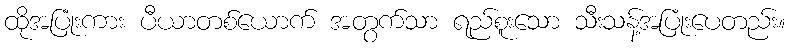
ထိုအပြုံးကား ပီယာတစ်ယောက် အတွက်သာ ရည်စူးသော သီးသန့်အပြုံးပေတည်း။